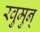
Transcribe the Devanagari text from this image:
रवुुमुन्